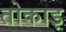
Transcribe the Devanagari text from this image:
तोकाइ